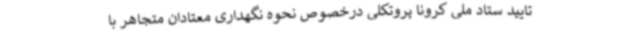
تایید ستاد ملی کرونا پروتکلی درخصوص نحوه نگهداری معتادان متجاهر با